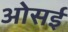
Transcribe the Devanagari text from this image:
ओसई